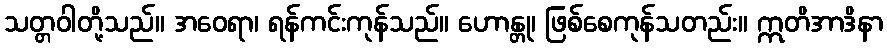
သတ္တဝါတို့သည်။ အဝေရာ၊ ရန်ကင်းကုန်သည်။ ဟောန္တု၊ ဖြစ်စေကုန်သတည်း။ ဣတိအာဒိနာ